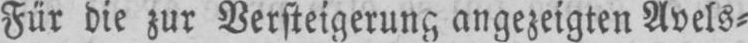
Für die zur Versteigerung angezeigten Avels⸗